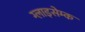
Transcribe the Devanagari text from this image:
ग्लाइसेम्क